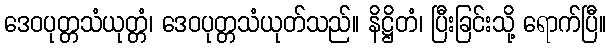
ဒေဝပုတ္တသံယုတ္တံ၊ ဒေဝပုတ္တသံယုတ်သည်။ နိဋ္ဌိတံ၊ ပြီးခြင်းသို့ ရောက်ပြီ။